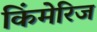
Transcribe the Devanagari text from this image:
किंमेरिज